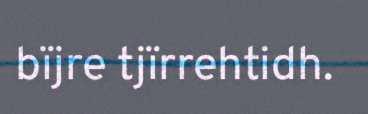
bïjre tjïrrehtidh.